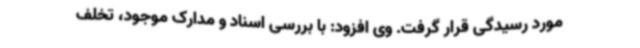
مورد رسیدگی قرار گرفت. وی افزود: با بررسی اسناد و مدارک موجود، تخلف